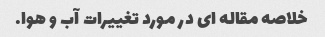
خلاصه مقاله ای در مورد تغییرات آب و هوا.